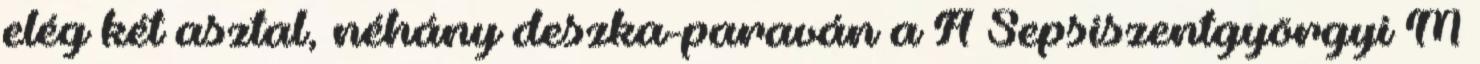
elég két asztal, néhány deszka-paraván a A Sepsiszentgyörgyi M